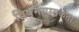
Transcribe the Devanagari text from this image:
विषमयुग्मकता